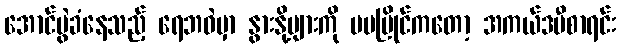
အောင်ပွဲခံနေသည့် ရေဘဝဲမှာ နွားနို့များကို မမမြိုင်ကတော့ အကယ်ဒမီစာရင်း